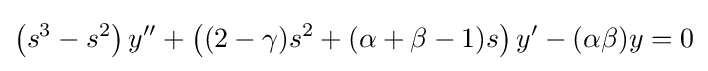
\left(s^{3}-s^{2}\right)y''+\left((2-\gamma )s^{2}+(\alpha +\beta -1)s\right)y'-(\alpha \beta )y=0